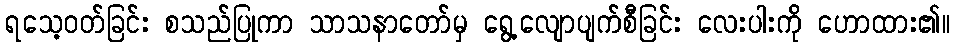
ရသေ့ဝတ်ခြင်း စသည်ပြုကာ သာသနာတော်မှ ရွေ့လျောပျက်စီခြင်း လေးပါးကို ဟောထား၏။